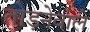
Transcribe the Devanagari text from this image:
तोड़नेवाले